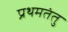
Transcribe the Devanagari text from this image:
प्रथमतंतु